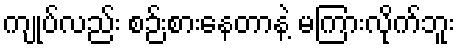
ကျုပ်လည်း စဉ်းစားနေတာနဲ့ မကြားလိုက်ဘူး